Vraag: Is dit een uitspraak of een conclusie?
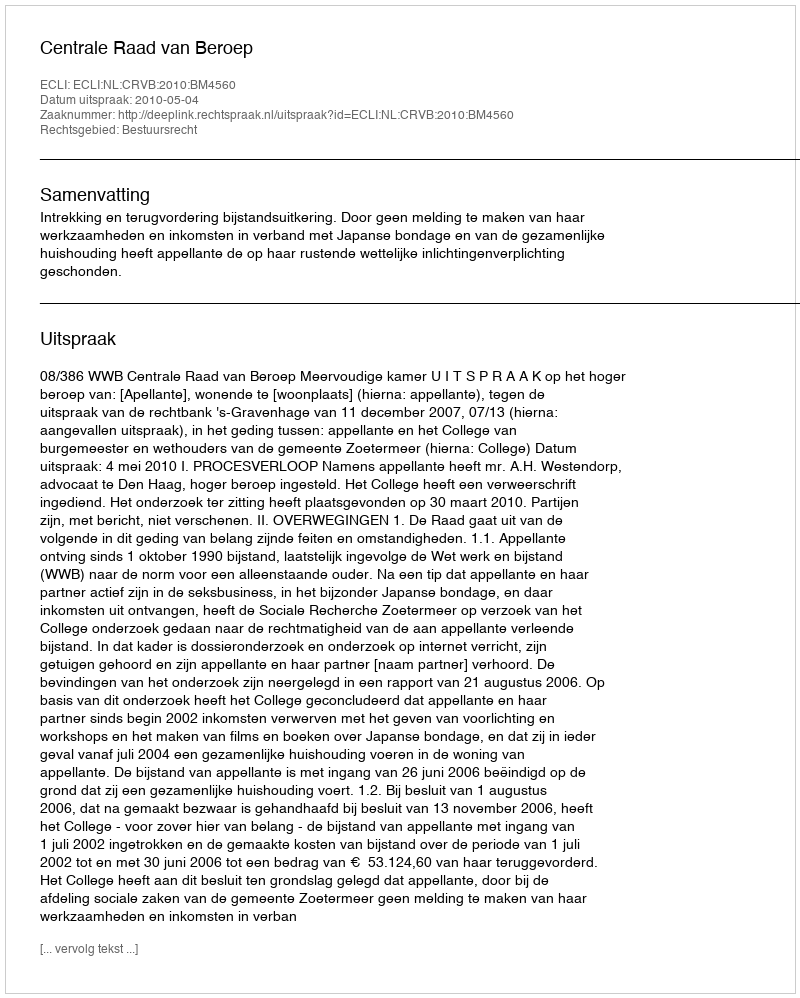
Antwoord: Uitspraak